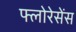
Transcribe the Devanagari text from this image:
फ्लोरेसेंस